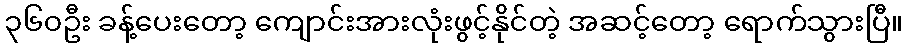
၃၆၀ဦး ခန့်ပေးတော့ ကျောင်းအားလုံးဖွင့်နိုင်တဲ့ အဆင့်တော့ ရောက်သွားပြီ။